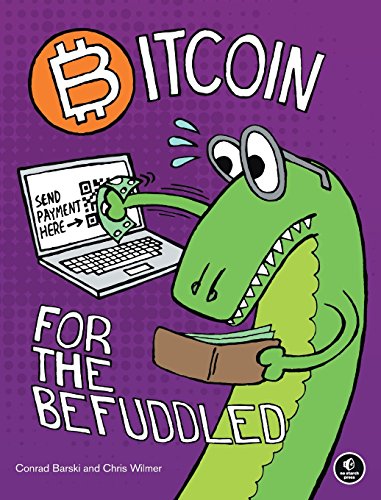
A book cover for Bitcoin for the Befuddled; Conrad Barski; Computers & Technology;